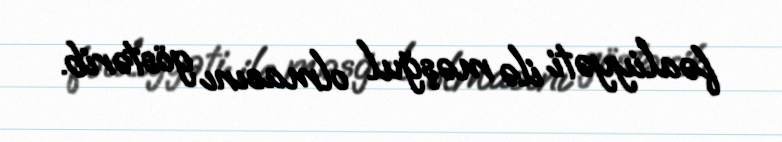
fəaliyyəti ilə məşğul olmasını göstərib.